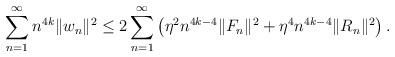
LaTeX: \begin{align*}\sum_{n=1}^\infty n^{4k}\|w_n\|^2\leq 2 \sum_{n=1}^\infty \big( \eta^2n^{4k-4}\|F_n\|^2 +\eta^4 n^{4k-4} \|R_n\|^2\big)\,.\end{align*}